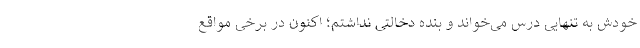
خودش به تنهایی درس می‌خواند و بنده دخالتی نداشتم؛ اکنون در برخی مواقع